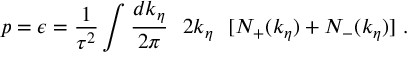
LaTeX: p = \epsilon = { \frac { 1 } { \tau ^ { 2 } } } \int { \frac { d k _ { \eta } } { 2 \pi } } ~ ~ 2 k _ { \eta } ~ ~ [ N _ { + } ( k _ { \eta } ) + N _ { - } ( k _ { \eta } ) ] ~ .